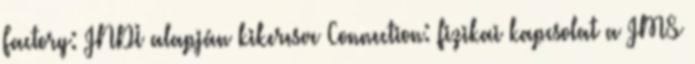
Factory: JNDI alapján kikeresve Connection: fizikai kapcsolat a JMS